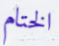
الختام